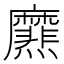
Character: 爢